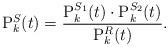
LaTeX: \begin{align*}\mathrm{P}^{S}_k(t)=\frac{\mathrm{P}^{S_1}_k(t)\cdot \mathrm{P}^{S_2}_k(t)}{\mathrm{P}^R_k(t)}.\end{align*}